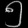
Digit: ၅